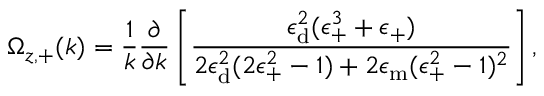
\Omega _ { z , + } ( k ) = \frac { 1 } { k } \frac { \partial } { \partial k } \left[ \frac { \epsilon _ { \mathrm { d } } ^ { 2 } ( \epsilon _ { + } ^ { 3 } + \epsilon _ { + } ) } { 2 \epsilon _ { \mathrm { d } } ^ { 2 } ( 2 \epsilon _ { + } ^ { 2 } - 1 ) + 2 \epsilon _ { \mathrm { m } } ( \epsilon _ { + } ^ { 2 } - 1 ) ^ { 2 } } \right] ,